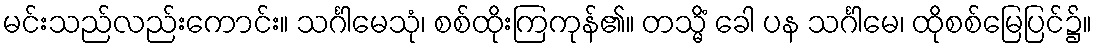
မင်းသည်လည်းကောင်း။ သင်္ဂါမေသုံ၊ စစ်ထိုးကြကုန်၏။ တသ္မိံ ခေါ ပန သင်္ဂါမေ၊ ထိုစစ်မြေပြင်၌။